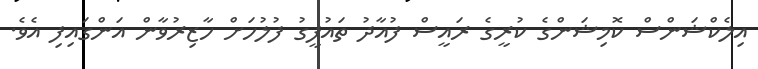
އިލެކްޝަންސް ކޮމިޝަންގެ ކުރީގެ ރައީސް ފުއާދު ތައުފީގު ފުލުހަށް ހާޒިރުވާން އަންގައިފި އެވެ.